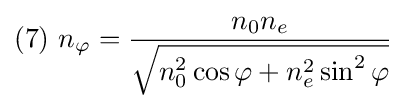
(7)\ n_{\varphi }={\frac {n_{0}n_{e}}{\sqrt {n_{0}^{2}\cos \varphi +n_{e}^{2}\sin ^{2}\varphi }}}